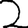
Digit: 2